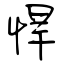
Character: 悍